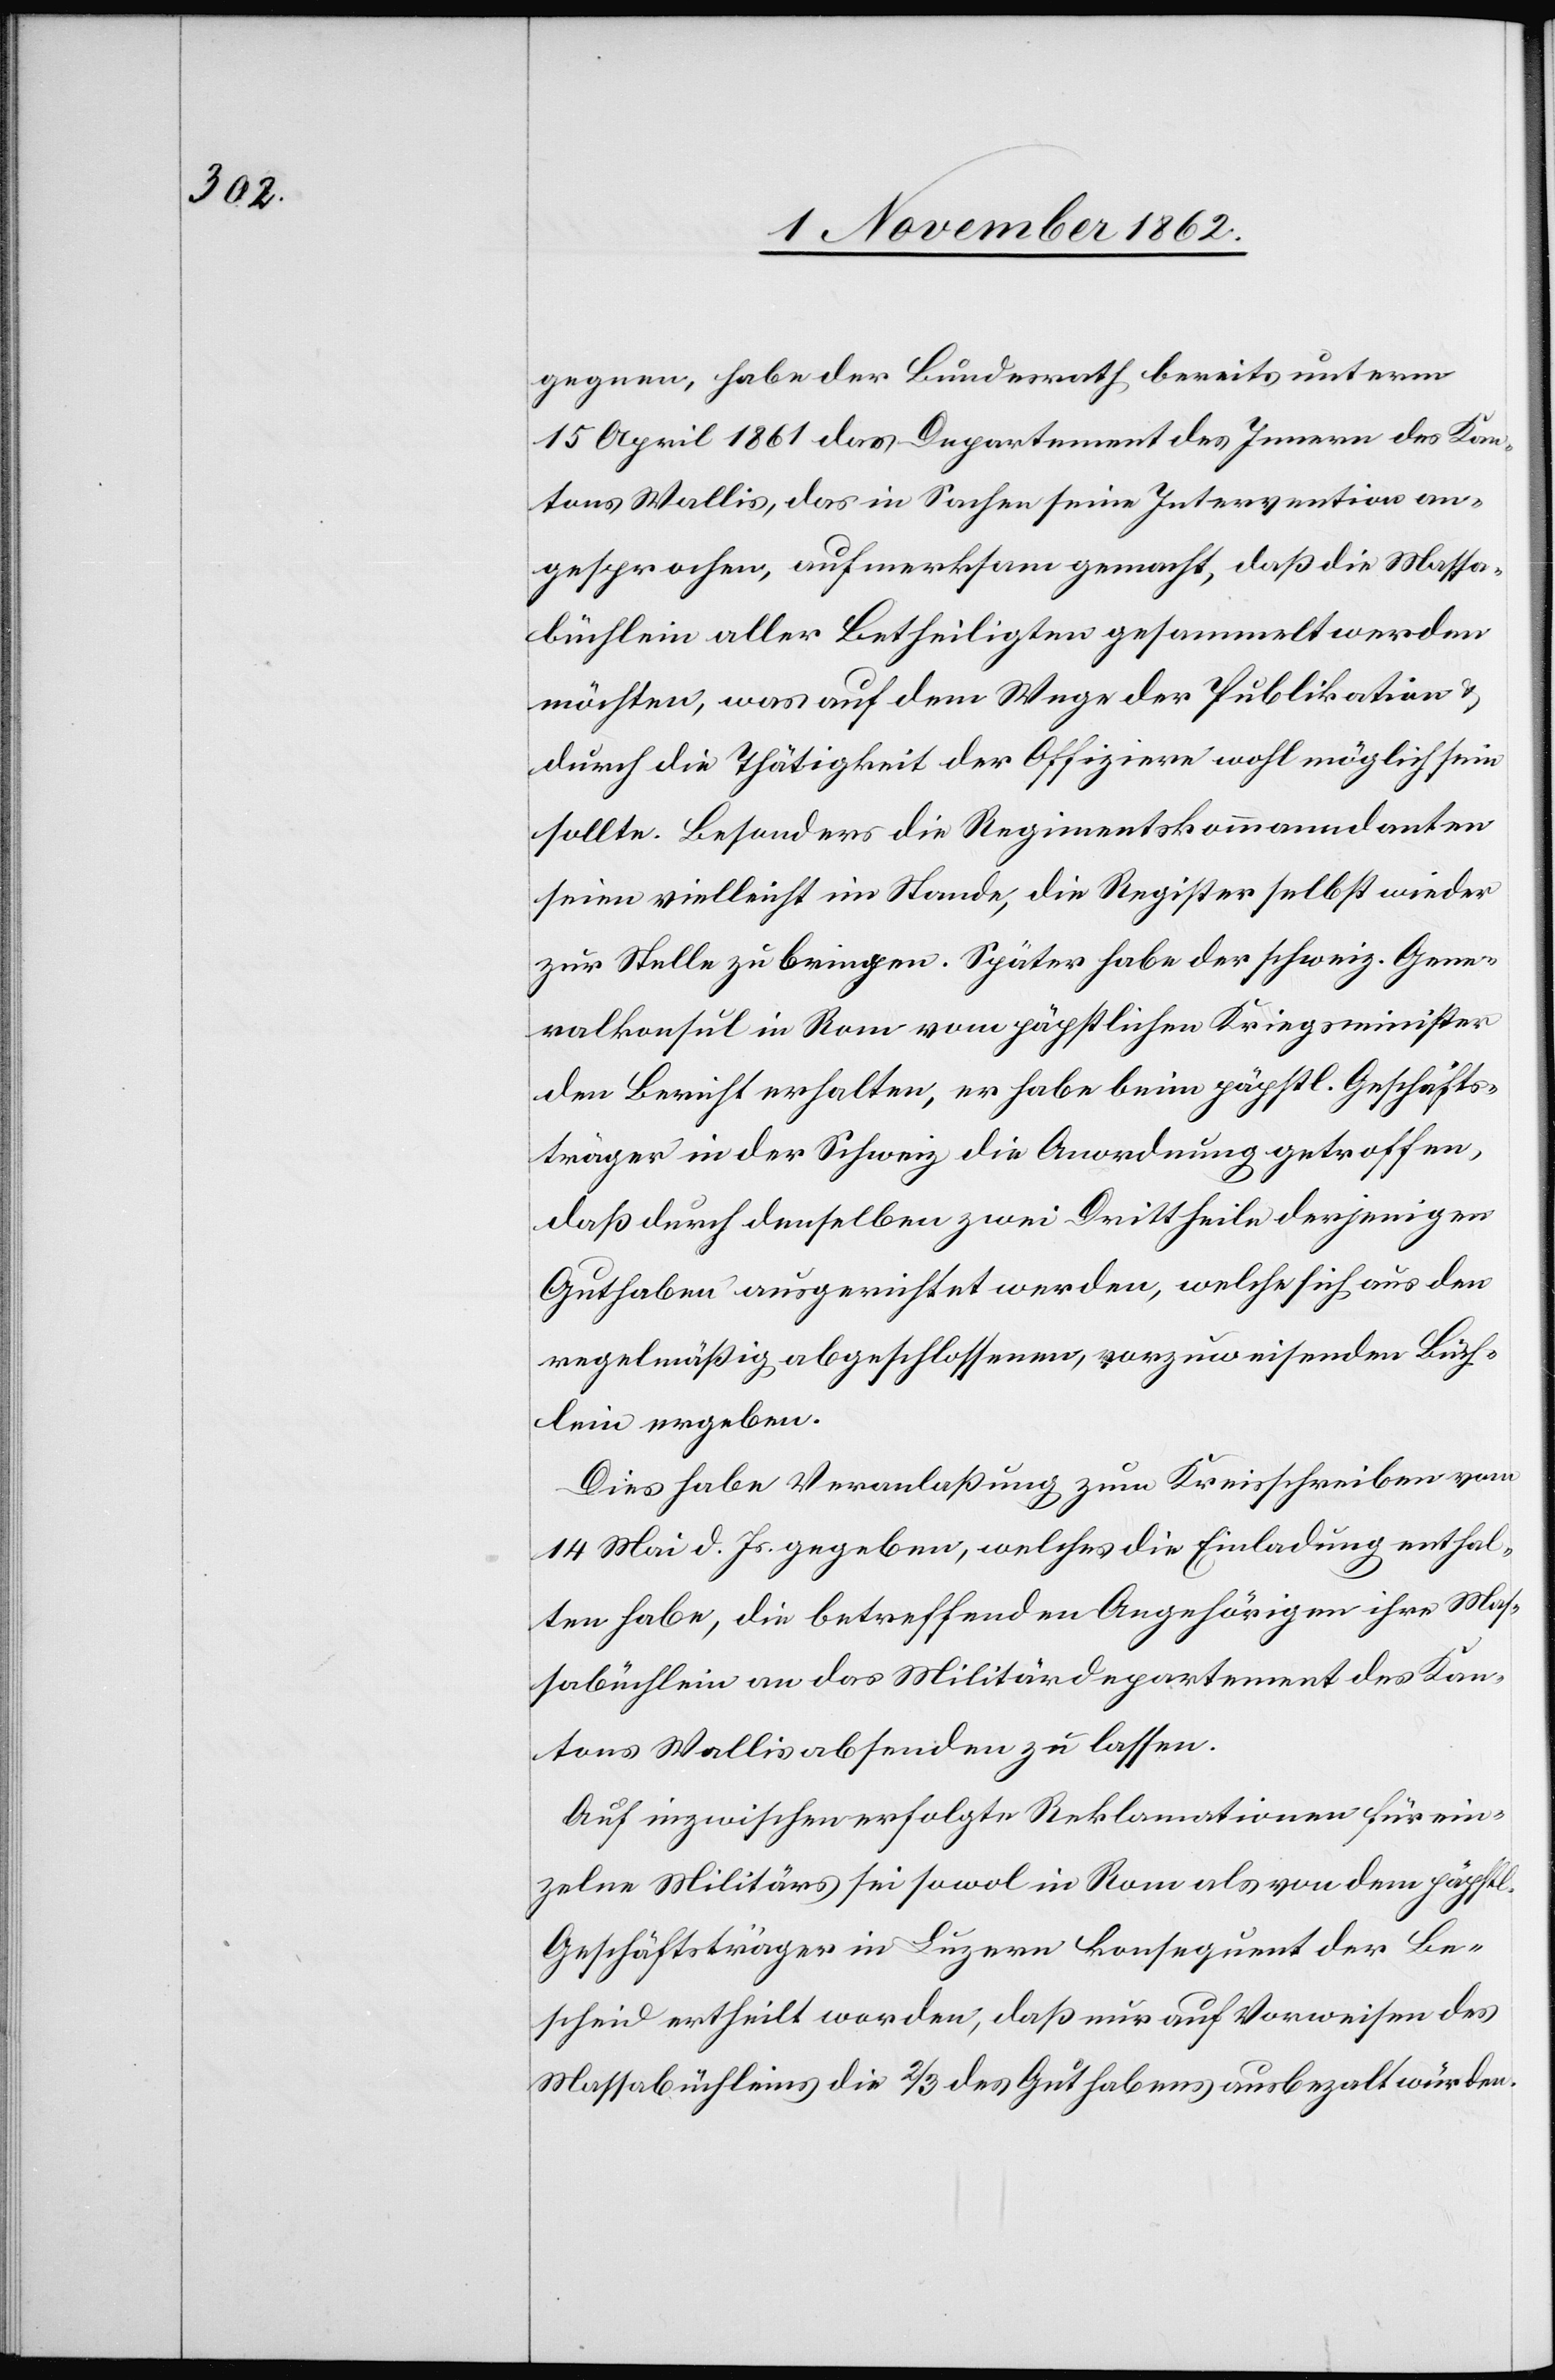
gegnen, habe der Bundesrath bereits unterm
15. April 1861 das Departement des Innern des Kan¬
tons Wallis, das in Sachen seine Intervention an¬
gesprochen, aufmerksam gemacht, daß die Massa¬
büchlein aller Betheiligten gesammelt werden
möchten, was auf dem Wege der Publikation u.
durch die Thätigkeit der Offiziere wohl möglich sein
sollte. Besonders die Regimentskommandanten
seien vielleicht im Stande, die Register selbst wieder
zur Stelle zu bringen. Später habe der schweiz. Gene¬
ralkonsul in Rom vom päpstlichen Kriegsminister
den Bericht erhalten, er habe beim päpstl. Geschäfts¬
träger in der Schweiz die Anordnung getroffen,
daß durch denselben zwei Drittheile derjenigen
Guthaben ausgerichtet werden, welche sich aus den
regelmäßig abgeschlossenen, vorzugsweisenden Büch¬
lein ergeben.
Dies habe Veranlaßung zum Kreisschreiben vom
14. Mai d. Js. gegeben, welches die Einladung enthal¬
ten habe, die betreffenden Angehörigen ihre Mas¬
sabüchlein an das Militärdepartement des Kan¬
tons Wallis absenden zu lassen.
Auf inzwischen erfolgte Reklamationen für ein¬
zelne Militärs sei sowol in Rom als von dem päpstl.
Geschäftsträger in Luzern konsequent der Be¬
scheid ertheilt worden, daß nur auf Vorweisen des
Massabüchleins die 2/3 des Guthabens ausbezahlt würden.